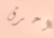
احرق